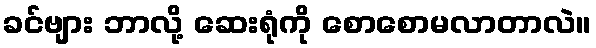
ခင်ဗျား ဘာလို့ ဆေးရုံကို စောစောမလာတာလဲ။